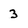
Character: 3